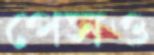
পেসও